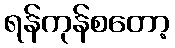
ရန်ကုန်စတော့